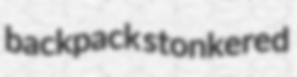
backpack stonkered